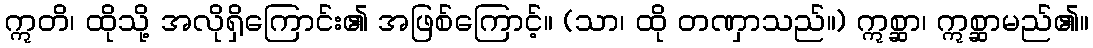
ဣတိ၊ ထိုသို့ အလိုရှိကြောင်း၏ အဖြစ်ကြောင့်။ (သာ၊ ထို တဏှာသည်။) ဣစ္ဆာ၊ ဣစ္ဆာမည်၏။